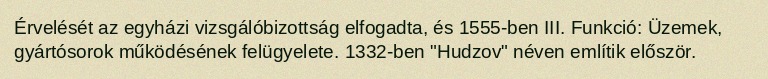
Érvelését az egyházi vizsgálóbizottság elfogadta, és 1555-ben III. Funkció: Üzemek, gyártósorok működésének felügyelete. 1332-ben "Hudzov" néven említik először.